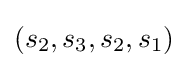
(s_{2},s_{3},s_{2},s_{1})